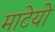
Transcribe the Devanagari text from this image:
माटेयो